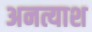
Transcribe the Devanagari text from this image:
अनत्याश